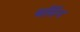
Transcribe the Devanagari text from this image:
बर्सिन